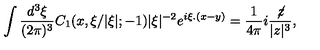
\int \frac { d ^ { 3 } \xi } { ( 2 \pi ) ^ { 3 } } C _ { 1 } ( x , \xi / | \xi | ; - 1 ) | \xi | ^ { - 2 } e ^ { i \xi . ( x - y ) } = \frac { 1 } { 4 \pi } i \frac { \not \! z } { | z | ^ { 3 } } ,